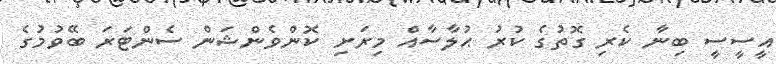
އީސީސީ ބިނާ ކެރި ގޮތުގެ ކުރު ޙުލާސާއް މިރަށި ކޮންވެންޝަން ސެންޓަރަ ބޭވުމުގެ